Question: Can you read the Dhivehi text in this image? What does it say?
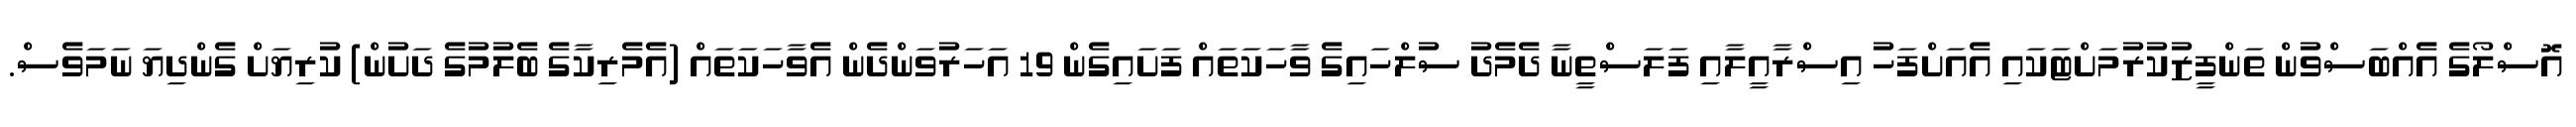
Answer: އޮސްލޯގެ އެއްބަސްވުން ތަންފީޒުކުރުމަށްޓަކައި އެއަށްފަހު އިސްރާއީލާއި ފަލަސްތީނާ ދެމެދު ސުލްހައިގެ ވާހަކަތައް ފަށައިގެން 19 އަހަރުވަންދެން އެވާހަކަތައް (އެމެރިކާގެ ބެލުމުގެ ދަށުން) ކުރިޔަށް ގެންދިޔަ ނަމަވެސް.